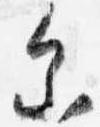
参